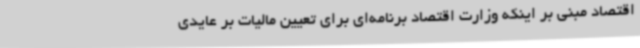
اقتصاد مبنی بر اینکه وزارت اقتصاد برنامه‌ای برای تعیین مالیات بر عایدی